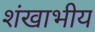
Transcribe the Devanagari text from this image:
शंखाभीय